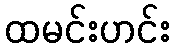
ထမင်းဟင်း